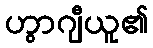
ဟွာဂျီယူ၏